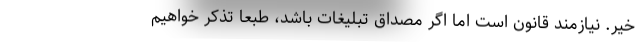
خیر. نیازمند قانون است اما اگر مصداق تبلیغات باشد، طبعاً تذکر خواهیم